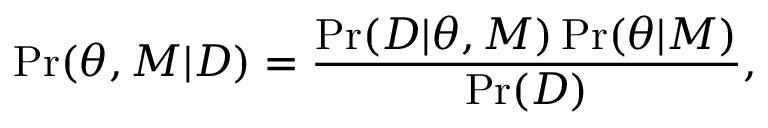
\operatorname* { P r } ( \theta , M | D ) = \frac { \operatorname* { P r } ( D | \theta , M ) \operatorname* { P r } ( \theta | M ) } { \operatorname* { P r } ( D ) } ,